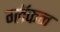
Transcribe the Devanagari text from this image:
ग्लॅकन